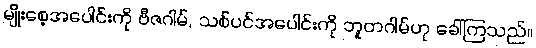
မျိုးစေ့အပေါင်းကို ဗီဇဂါမ်, သစ်ပင်အပေါင်းကို ဘူတဂါမ်ဟု ခေါ်ကြသည်။